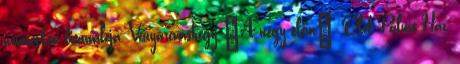
nemzetközi biennáléja, Vonyarcvashegy „A négy elem”, Olof Palme Ház,